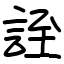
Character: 誈